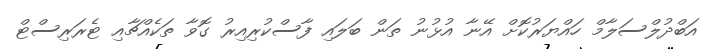
އަބްދުލްސަލާމް ހައްޔަރުކޮށް އޭނާ އުޅުނު ތަން ބަލައި ފާސްކުރިއިރު ގޮވާ ތަކެއްޗާއި ޓެރަރިސްޓް